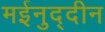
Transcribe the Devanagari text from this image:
मईनुद्दीन